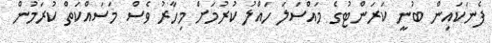
ފެނަކައިން ބުނީ ކަރަންޓުގެ މައްސަލަ ހައްލު ކުރުމަށް މިހާރު ވެސް މަސައްކަތް ކުރަމުން